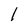
Character: 1